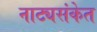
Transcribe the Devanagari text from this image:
नाट्यसंकेत